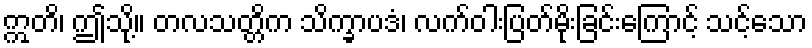
ဣတိ၊ ဤသို့။ တလသတ္တိက သိက္ခာပဒံ၊ လက်ဝါးပြတ်မိုးခြင်းကြောင့် သင့်သော